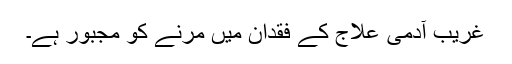
غریب آدمی علاج کے فقدان میں مرنے کو مجبور ہے۔